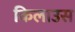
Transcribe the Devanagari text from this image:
किलाउस